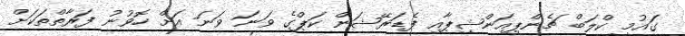
ގައުމީ ކްލަބް ޗެންޕިއަންޝިޕާއި ފެޑަރޭޝަން ކަޕްގެ ވަނަ ވަނަ އަށް ހޮވުނު ފަރާތްތަކަށް